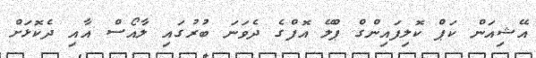
އޭޝިއަން ކަޕް ކޮލިފައިންގް ޕްލޭ އޮފްގެ ދެވަނަ ބުރުގައި ލާއޯސް އާއި ދެކޮޅަށް